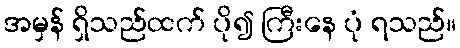
အမှန် ရှိသည်ထက် ပို၍ ကြီးနေ ပုံ ရသည်။